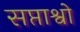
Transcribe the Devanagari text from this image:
सप्ताश्वो